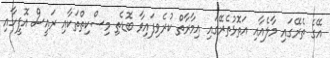
އޭގެ ތެރޭގައި މާލެއާއި އަތޮޅުތެރޭގައި އިމާރާތް ކުރެވިފައިވާ ބޮޑެތި މިސްކިތްތަކާއި ރައީސް އޮފީހާއި